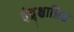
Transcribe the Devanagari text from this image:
इंद्र्श्चाग्निश्च